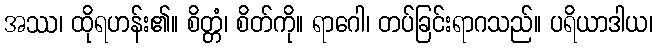
အဿ၊ ထိုရဟန်း၏။ စိတ္တံ၊ စိတ်ကို။ ရာဂေါ၊ တပ်ခြင်းရာဂသည်။ ပရိယာဒါယ၊